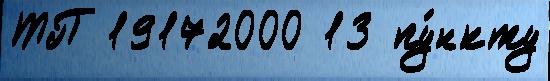
ТП 19172000 13 пу́нкту